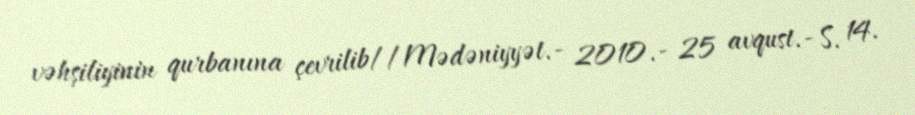
vəhşiliyinin qurbanına çevrilib//Mədəniyyət.- 2010.- 25 avqust.- S. 14.